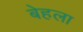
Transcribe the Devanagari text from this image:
बेहला